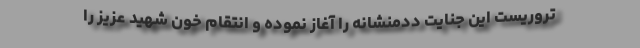
تروریست این جنایت ددمنشانه را آغاز نموده و انتقام خون شهید عزیز را